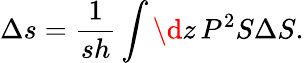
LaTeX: \Delta s=\frac{1}{sh}\int\d z\, P^{2}S\Delta S.